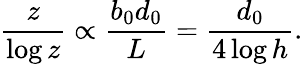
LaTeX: \frac{z}{\log z}\propto\frac{b_{0}d_{0}}{L}=\frac{d_{0}}{4\log h}.